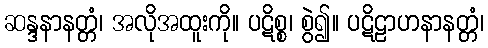
ဆန္ဒနာနတ္တံ၊ အလိုအထူးကို။ ပဋိစ္စ၊ စွဲ၍။ ပဋိဠာဟနာနတ္တံ၊